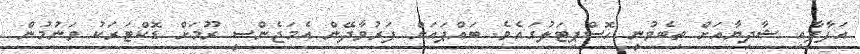
އަފާފާއި ޝާދިޔާއަށް ތިބެވުނީ ހޮސްޕިޓަލުގައެވެ. ބައްޕައަށް ފަރުވާދޭން އެމަޖެންސީ ރޫމަށް ޑޮކްޓަރަކު ވަނުމުން